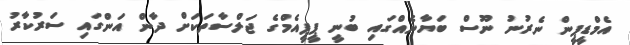
އެމްޑީޕީން ނެރުނު ނޫސް ބަޔާނެއްގައި ބުނީ ޕީޕީއެމްގެ ޖަލްސާތަކަށް ދާން އަންގައި ސަރުކާރު